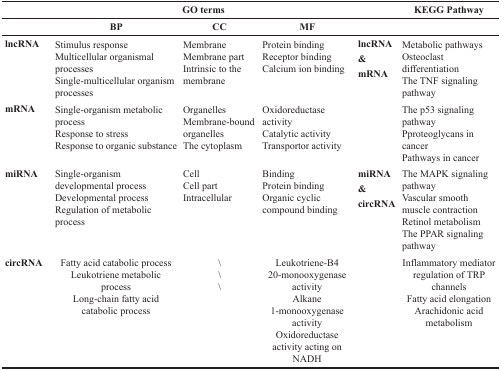
<table><thead><tr><td></td><td colspan="3"><b>GO terms</b></td><td></td><td><b>KEGG Pathway</b></td></tr><tr><td></td><td><b>BP</b></td><td><b>CC</b></td><td><b>MF</b></td><td></td><td></td></tr></thead><tbody><tr><td><b>lncRNA</b></td><td>Stimulus responseMulticellular organismal processesSingle-multicellular organism processes</td><td>MembraneMembrane partIntrinsic to the membrane</td><td>Protein bindingReceptor bindingCalcium ion binding</td><td><b>lncRNA</b><b>&amp;</b><b>mRNA</b></td><td>Metabolic pathwaysOsteoclast differentiationThe TNF signaling pathway</td></tr><tr><td><b>mRNA</b></td><td>Single-organism metabolic processResponse to stressResponse to organic substance</td><td>OrganellesMembrane-bound organellesThe cytoplasm</td><td>Oxidoreductase activityCatalytic activityTransportor activity</td><td></td><td>The p53 signaling pathwayPproteoglycans in cancerPathways in cancer</td></tr><tr><td><b>miRNA</b></td><td>Single-organism developmental processDevelopmental processRegulation of metabolic process</td><td>CellCell partIntracellular</td><td>BindingProtein bindingOrganic cyclic compound binding</td><td><b>miRNA</b><b>&amp;</b><b>circRNA</b></td><td>The MAPK signaling pathwayVascular smooth muscle contractionRetinol metabolismThe PPAR signaling pathway</td></tr><tr><td><b>circRNA</b></td><td>Fatty acid catabolic processLeukotriene metabolic processLong-chain fatty acid catabolic process</td><td>\\\</td><td>Leukotriene-B4 20-monooxygenase activityAlkane 1-monooxygenase activityOxidoreductase activity acting on NADH</td><td></td><td>Inflammatory mediator regulation of TRP channelsFatty acid elongationArachidonic acid metabolism</td></tr></tbody></table>